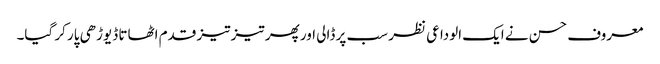
معروف حسن نے ایک الوداعی نظر سب پر ڈالی اور پھر تیز تیز قدم اٹھاتا ڈیوڑھی پار کر گیا۔